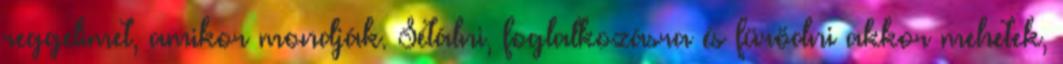
reggelimet, amikor mondják. Sétálni, foglalkozásra és fürödni akkor mehetek,